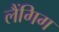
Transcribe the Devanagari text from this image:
लैंगिग